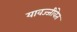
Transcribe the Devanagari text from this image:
यावज्जीवेत